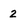
Character: 2